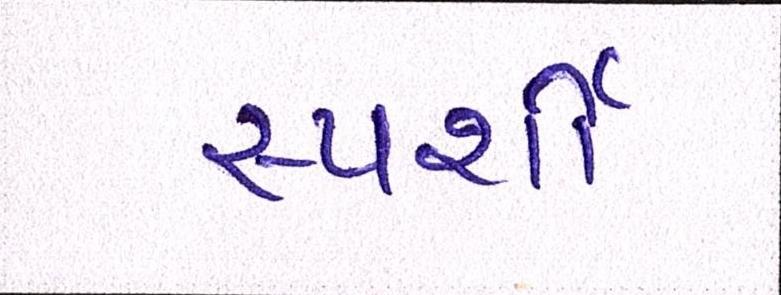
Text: સ્પર્શી